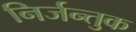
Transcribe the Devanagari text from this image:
निर्जन्तुक